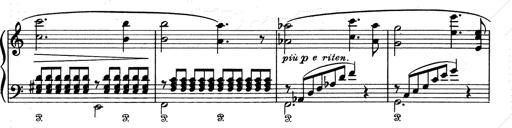
Title: Aus Lohengrin
Composer: Franz Liszt